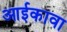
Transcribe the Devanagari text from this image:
आईकावा